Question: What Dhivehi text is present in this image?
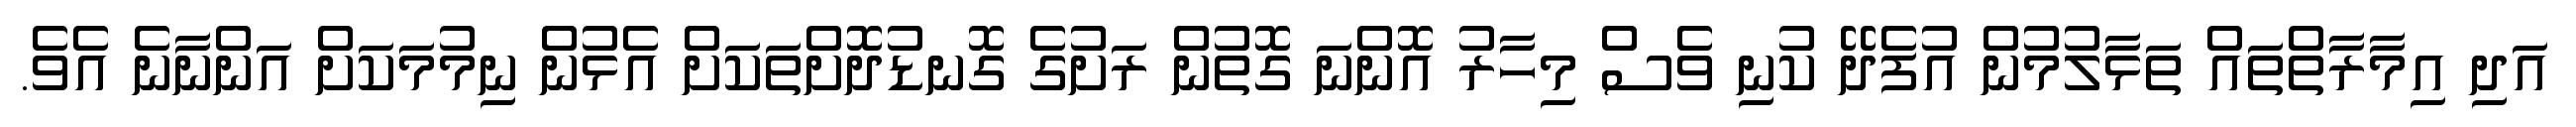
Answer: އަދި އިމާރާތްތައް ތަޅާލުމުން އުފެދޭ ކުނި ވެސް މިހާރު އޮންނަ ގޮތުން ރަށުގެ ގޮނޑުދޮށްތަކަށް އެޅުން ނިމުމަކަށް އަންނާނެ އެވެ.